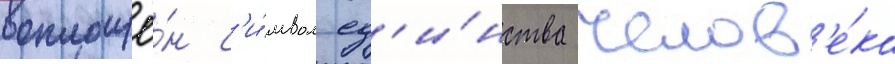
воплощё́н с'и́мвол ед'и́нства челов'е́ка